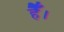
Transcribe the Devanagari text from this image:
हैैँँ।